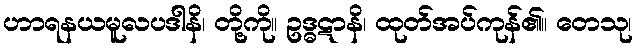
ဟာရနယမူလပဒါနိ၊ တို့ကို။ ဥဒ္ဓဋာနိ၊ ထုတ်အပ်ကုန်၏။ တေသု၊